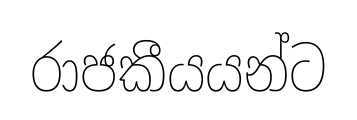
රාජකීයයන්ට